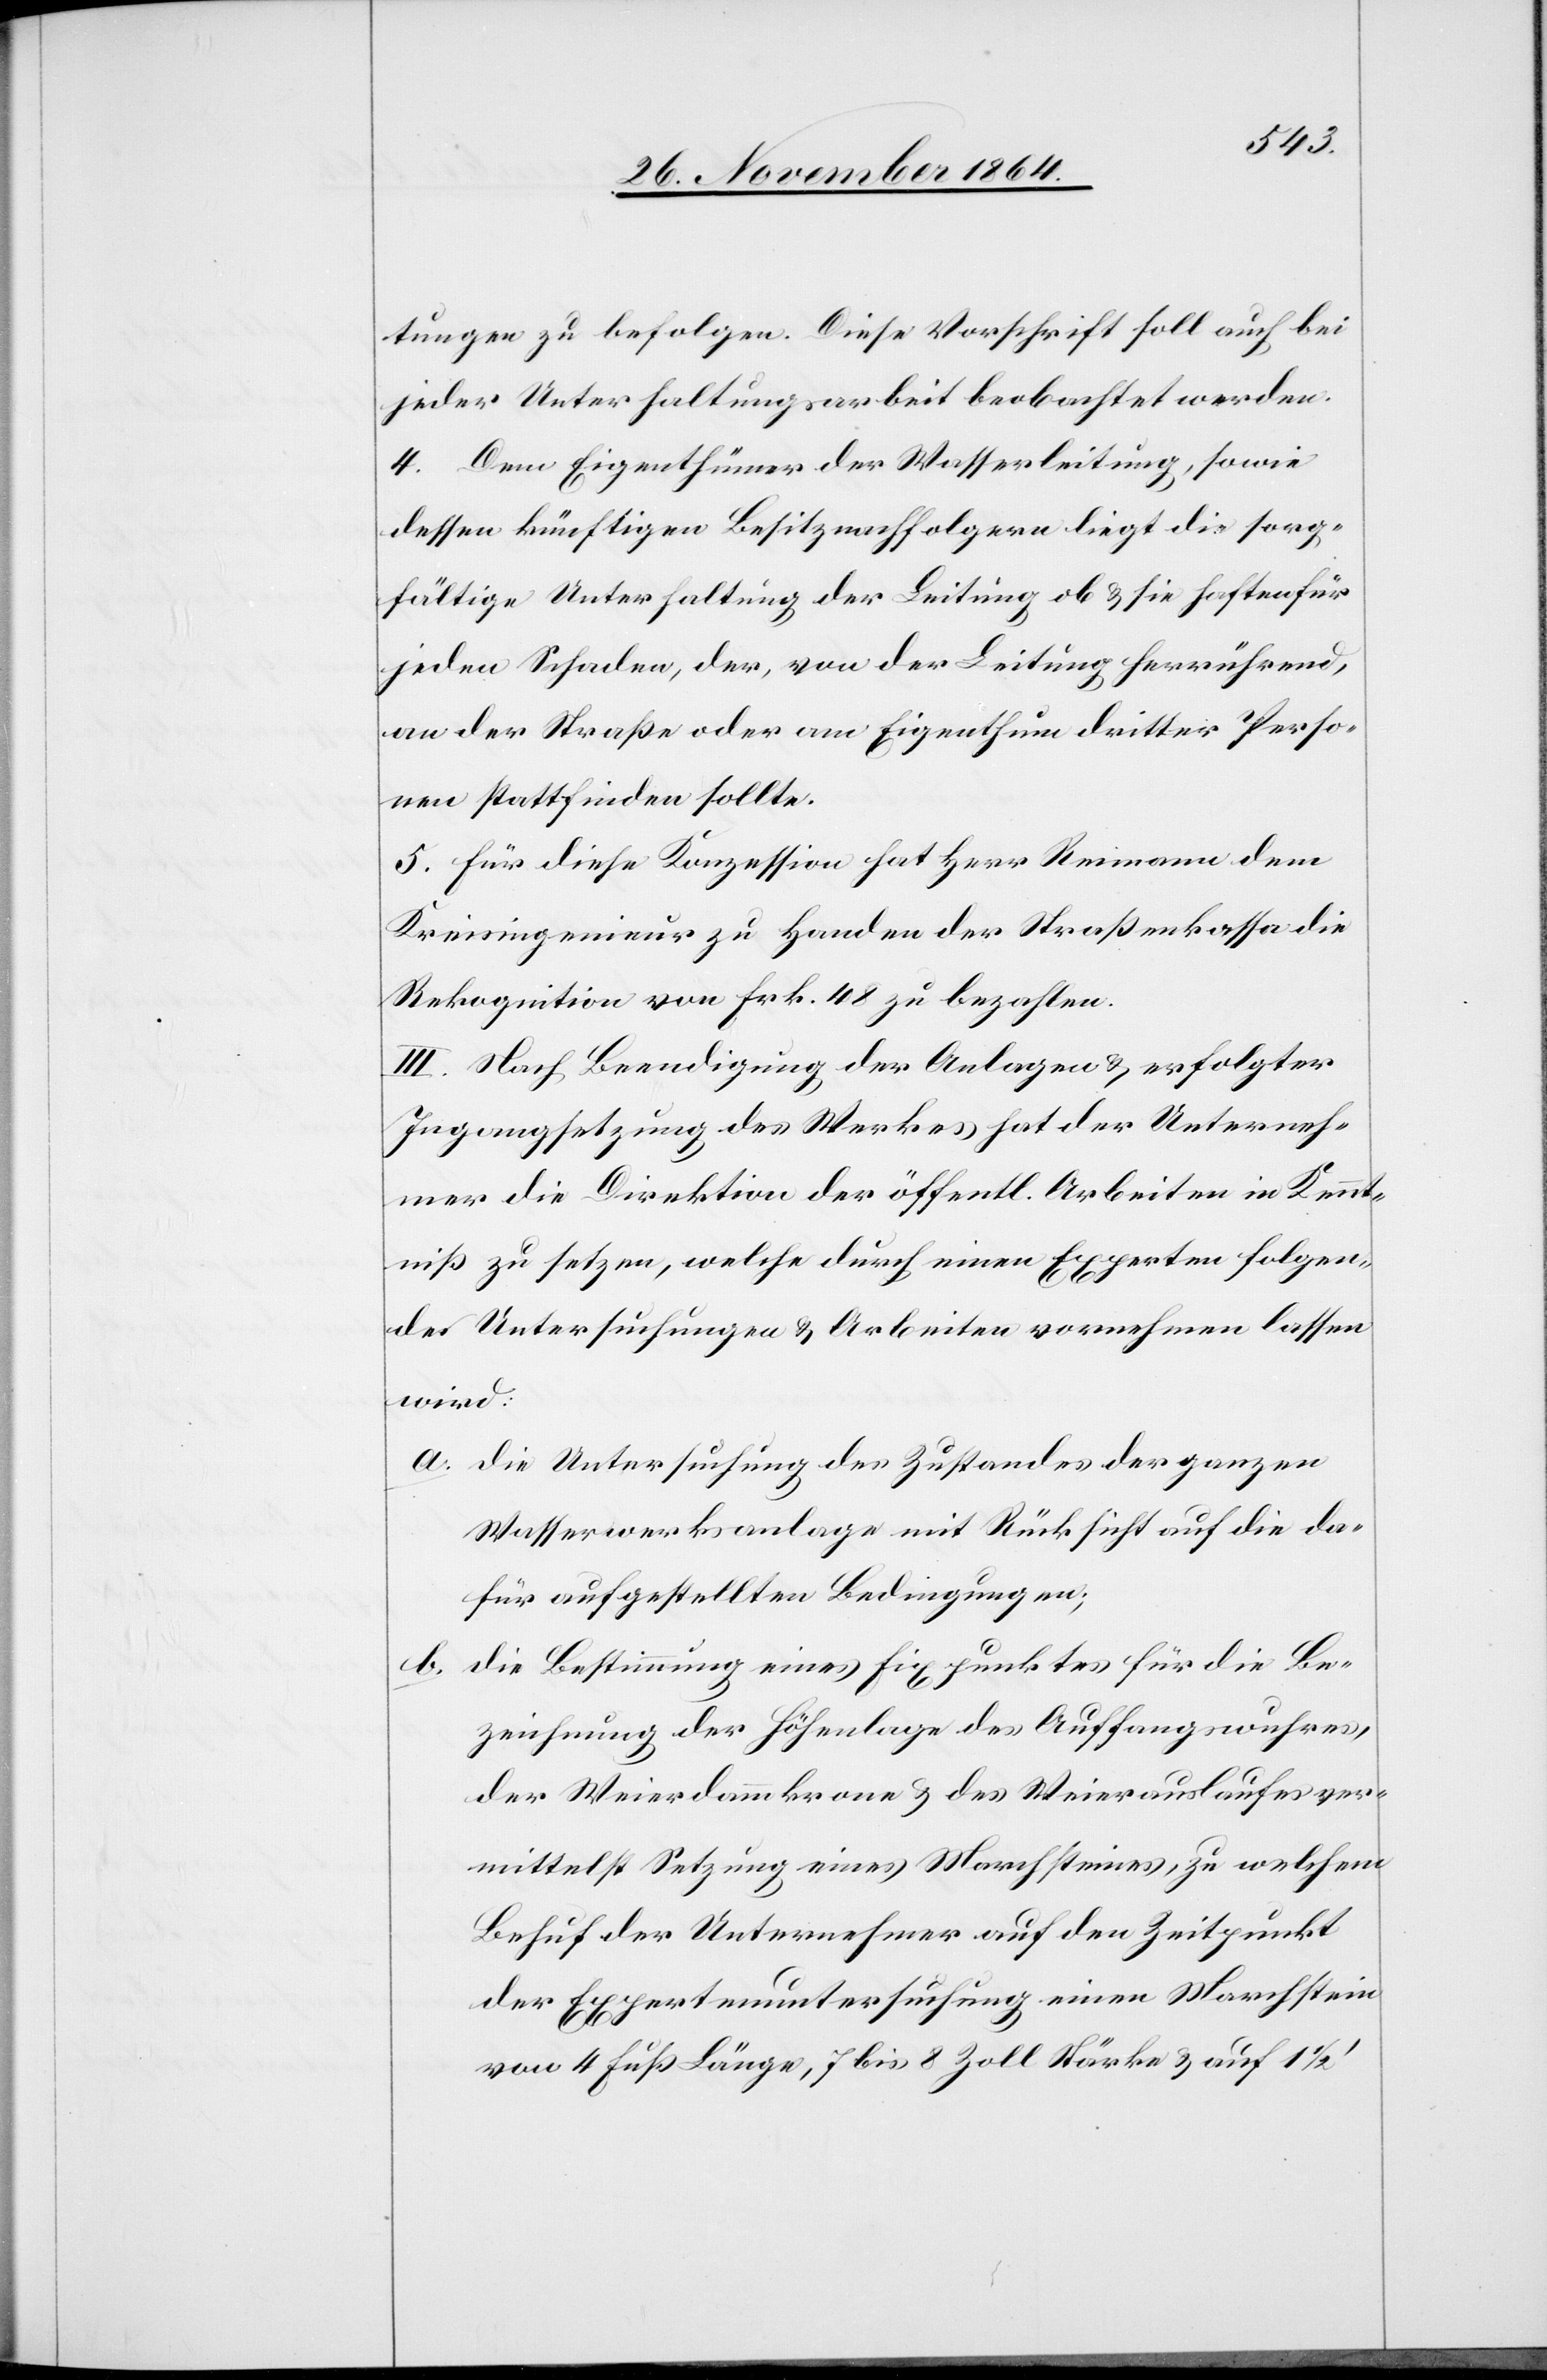
tungen zu befolgen. Diese Vorschrift soll auch bei
jeder Unterhaltungsarbeit beobachtet werden.
4. Dem Eigenthümer der Wasserleitung, sowie
dessen künftigen Besitznachfolgern liegt die sorg¬
fältige Unterhaltung der Leitung ob & sie haften für
jeden Schaden, der, von der Leitung herrührend,
an der Straße oder am Eigenthum dritter Perso¬
nen stattfinden sollte.
5. Für diese Konzession hat Herr Reimann dem
Kreisingenieur zu Handen der Straßenkassa die
Rekognition von Frk. 48 zu bezahlen.
III. Nach Beendigung der Anlagen & erfolgter
Ingangsetzung des Werkes hat der Unterneh¬
mer die Direktion der öffentl. Arbeiten in Kennt¬
niß zu setzen, welche durch einen Experten folgen¬
de Untersuchungen & Arbeiten vornehmen lassen
wird:
a. die Untersuchung des Zustandes der ganzen
Wasserwerksanlage mit Rücksicht auf die da¬
für aufgestellten Bedingungen;
die Bestimmung eines Fixpunktes für die Be¬
b.
zeichnung der Höhenlage des Auffangswuhres,
der Weierdammkrone & des Weierauslaufes ver¬
mittelst Setzung eines Marchsteines, zu welchem
Behuf der Unternehmer auf den Zeitpunkt
der Expertenuntersuchung einen Marchstein
von 4 Fuß Länge, 7 bis 8 Zoll Stärke & auf 1